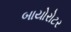
બાયોરોટર